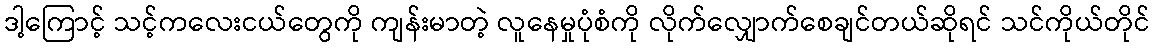
ဒါ့ကြောင့် သင့်ကလေးငယ်တွေကို ကျန်းမာတဲ့ လူနေမှုပုံစံကို လိုက်လျှောက်စေချင်တယ်ဆိုရင် သင်ကိုယ်တိုင်